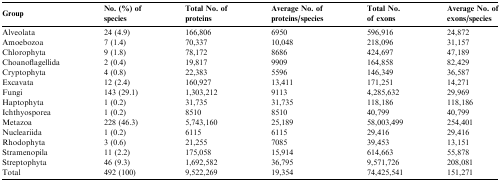
<table><thead><tr><td><b>Group</b></td><td><b>No. (%) of species</b></td><td><b>Total No. of proteins</b></td><td><b>Average No. of proteins/species</b></td><td><b>Total No. of exons</b></td><td><b>Average No. of exons/species</b></td></tr></thead><tbody><tr><td>Alveolata</td><td>24 (4.9)</td><td>166,806</td><td>6950</td><td>596,916</td><td>24,872</td></tr><tr><td>Amoebozoa</td><td>7 (1.4)</td><td>70,337</td><td>10,048</td><td>218,096</td><td>31,157</td></tr><tr><td>Chlorophyta</td><td>9 (1.8)</td><td>78,172</td><td>8686</td><td>424,697</td><td>47,189</td></tr><tr><td>Choanoflagellida</td><td>2 (0.4)</td><td>19,817</td><td>9909</td><td>164,858</td><td>82,429</td></tr><tr><td>Cryptophyta</td><td>4 (0.8)</td><td>22,383</td><td>5596</td><td>146,349</td><td>36,587</td></tr><tr><td>Excavata</td><td>12 (2.4)</td><td>160,927</td><td>13,411</td><td>171,251</td><td>14,271</td></tr><tr><td>Fungi</td><td>143 (29.1)</td><td>1,303,212</td><td>9113</td><td>4,285,632</td><td>29,969</td></tr><tr><td>Haptophyta</td><td>1 (0.2)</td><td>31,735</td><td>31,735</td><td>118,186</td><td>118,186</td></tr><tr><td>Ichthyosporea</td><td>1 (0.2)</td><td>8510</td><td>8510</td><td>40,799</td><td>40,799</td></tr><tr><td>Metazoa</td><td>228 (46.3)</td><td>5,743,160</td><td>25,189</td><td>58,003,499</td><td>254,401</td></tr><tr><td>Nucleariida</td><td>1 (0.2)</td><td>6115</td><td>6115</td><td>29,416</td><td>29,416</td></tr><tr><td>Rhodophyta</td><td>3 (0.6)</td><td>21,255</td><td>7085</td><td>39,453</td><td>13,151</td></tr><tr><td>Stramenopila</td><td>11 (2.2)</td><td>175,058</td><td>15,914</td><td>614,663</td><td>55,878</td></tr><tr><td>Streptophyta</td><td>46 (9.3)</td><td>1,692,582</td><td>36,795</td><td>9,571,726</td><td>208,081</td></tr><tr><td>Total</td><td>492 (100)</td><td>9,522,269</td><td>19,354</td><td>74,425,541</td><td>151,271</td></tr></tbody></table>